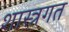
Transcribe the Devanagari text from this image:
शास्त्रगत